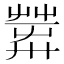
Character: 𦱴